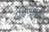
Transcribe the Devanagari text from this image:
दक्षिणामूर्ती